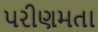
પરીણમતા